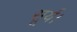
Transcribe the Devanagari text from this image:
सूर्य।